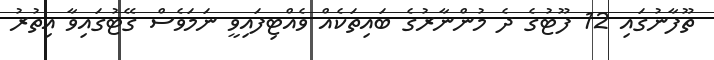
ތޫފާނުގައި 12 ފޫޓުގެ ދެ މުންނާރުގެ ބައިތަކެއް ވެއްޓިފައިވީ ނަމަވެސް ގޭޓުގައިވާ އިތުރު